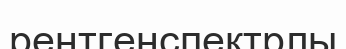
рентгенспектрлы